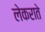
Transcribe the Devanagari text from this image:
लेकराते